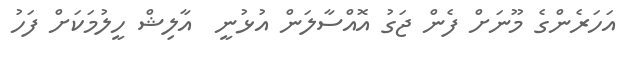
އަހަރެންގެ މޫނަށް ފެން ޖަގު އޮއްސާލަން އުޅުނީ  އާލިޝް ހީލުމަކަށް ފަހު